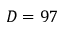
D = 9 7